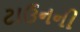
ટાઉનની